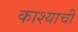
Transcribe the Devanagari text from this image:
काश्याची